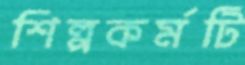
শিল্পকর্মটি